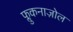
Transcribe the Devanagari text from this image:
फ्लुकनाज़ोल